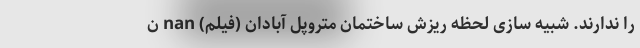
را ندارند. شبیه سازی لحظه ریزش ساختمان متروپل آبادان (فیلم) nan ن